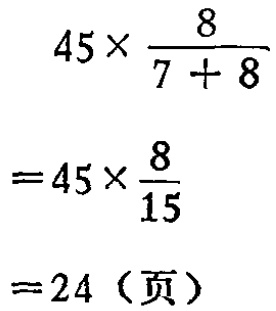
\[

\begin{align*}

&45\times\frac{8}{7 + 8}\\

=&45\times\frac{8}{15}\\

=&24（页）

\end{align*}

\]